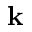
\mathbf { k }